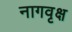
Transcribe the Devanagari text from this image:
नागवृक्ष